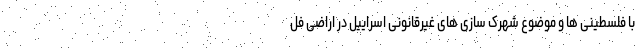
با فلسطینی ها و موضوع شهرک سازی های غیرقانونی اسراییل در اراضی فل